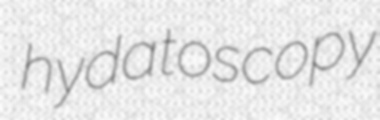
hydatoscopy